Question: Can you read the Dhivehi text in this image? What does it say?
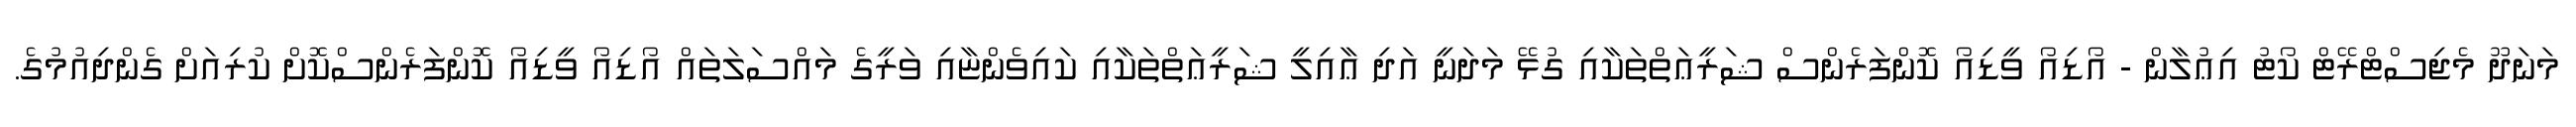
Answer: މަނަދޫ މެޖިސްޓްރޭޓް ކޯޓު އިޢުލާން - އޯޑިއޯ ވީޑިއޯ ކޮންފަރެންސް ޝަރީޢަތްތަކާއި ގުޅޭ މަދަނީ އަދި ޢާއިލީ ޝަރީޢަތްތަކާއި ކައިވެންޏާއި ވަރީގެ މައްސަލަތައް އޯޑިއޯ ވީޑިއޯ ކޮންފަރެންސްކޮށް ކުރިއަށް ގެންދިއުމުގެ.